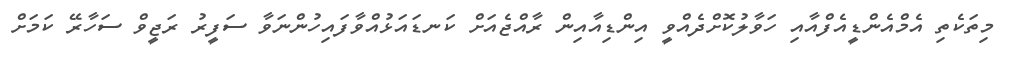
މިތަކެތި އެމްއެންޑީއެފްއާއި ހަވާލުކޮށްދެއްވީ އިންޑިއާއިން ރާއްޖެއަށް ކަނޑައަޅުއްވާފައިހުންނަވާ ސަފީރު ރަޖީވް ސަހާރޭ ކަމަށް